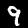
Label: 9